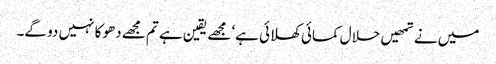
میں نے تمھیں حلال کمائی کھلائی ہے‘ مجھے یقین ہے تم مجھے دھوکا نہیں دو گے۔